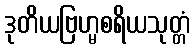
ဒုတိယဗြဟ္မစရိယသုတ္တံ